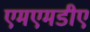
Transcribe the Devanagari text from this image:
एमएमडीए